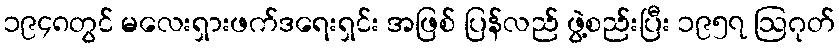
၁၉၄၈တွင် မလေးရှားဖက်ဒရေးရှင်း အဖြစ် ပြန်လည် ဖွဲ့စည်းပြီး ၁၉၅၇ ဩဂုတ်